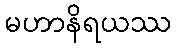
မဟာနိရယဿ